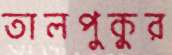
তালপুকুর